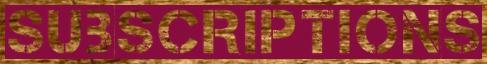
SUBSCRIPTIONS